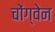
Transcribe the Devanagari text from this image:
चोंग्वेन